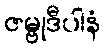
ဇမ္ဗုဒီပါနံ